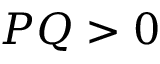
P Q > 0